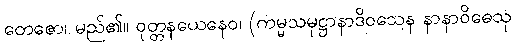
တေဇော၊ မည်၏။ ဝုတ္တနယေနေဝ၊ (ကမ္မသမုဋ္ဌာနာဒိဝသေန နာနာဝိဓေသု